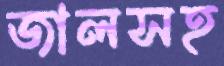
জালসহ